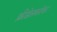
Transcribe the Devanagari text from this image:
फ्रीडेलबरोबर